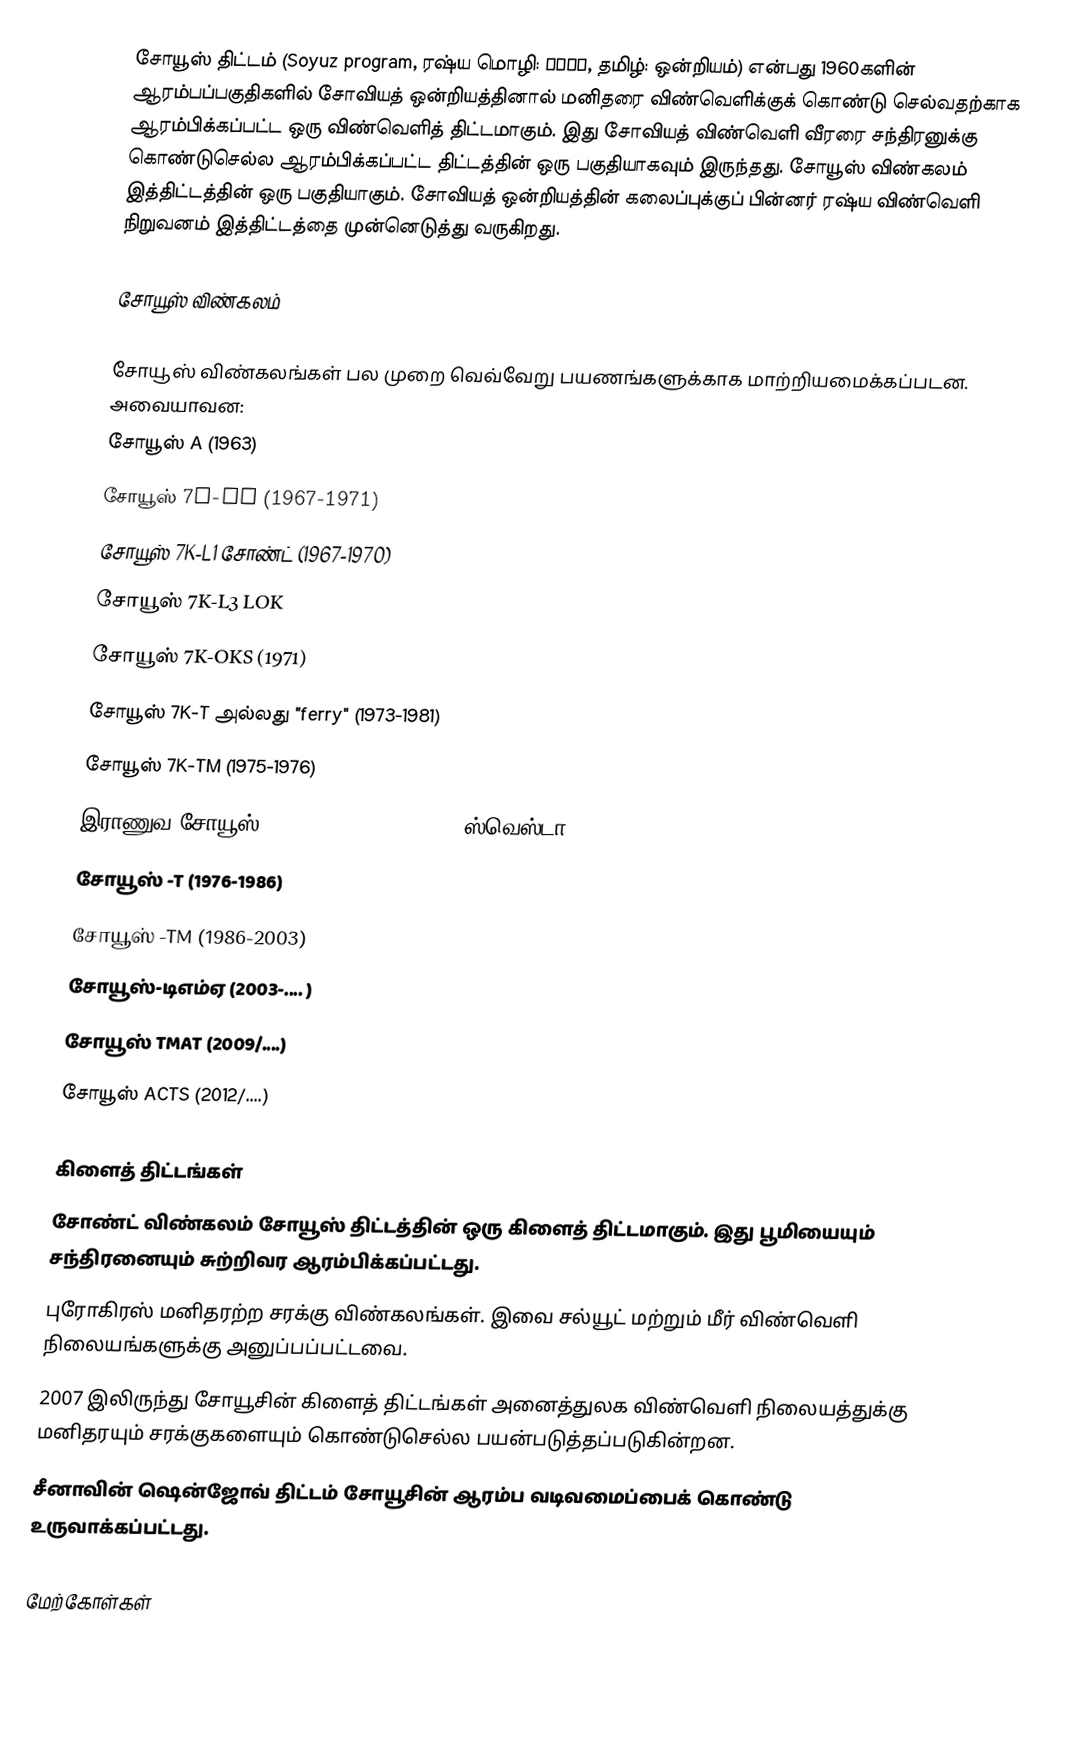
சோயூஸ் திட்டம் (Soyuz program, ரஷ்ய மொழி: Союз, தமிழ்: ஒன்றியம்) என்பது 1960களின் ஆரம்பப்பகுதிகளில் சோவியத் ஒன்றியத்தினால் மனிதரை விண்வெளிக்குக் கொண்டு செல்வதற்காக ஆரம்பிக்கப்பட்ட ஒரு விண்வெளித் திட்டமாகும். இது சோவியத் விண்வெளி வீரரை சந்திரனுக்கு கொண்டுசெல்ல ஆரம்பிக்கப்பட்ட திட்டத்தின் ஒரு பகுதியாகவும் இருந்தது. சோயூஸ் விண்கலம் இத்திட்டத்தின் ஒரு பகுதியாகும். சோவியத் ஒன்றியத்தின் கலைப்புக்குப் பின்னர் ரஷ்ய விண்வெளி நிறுவனம் இத்திட்டத்தை முன்னெடுத்து வருகிறது.

சோயூஸ் விண்கலம்

சோயூஸ் விண்கலங்கள் பல முறை வெவ்வேறு பயணங்களுக்காக மாற்றியமைக்கப்படன. அவையாவன:
 சோயூஸ் A (1963)
 சோயூஸ் 7K-OK (1967-1971)
 சோயூஸ் 7K-L1 சோண்ட் (1967-1970)
 சோயூஸ் 7K-L3 LOK
 சோயூஸ் 7K-OKS (1971)
 சோயூஸ் 7K-T அல்லது "ferry" (1973-1981)
 சோயூஸ் 7K-TM (1975-1976)
 இராணுவ சோயூஸ் (7K-P, 7K-PPK, R, 7K-VI ஸ்வெஸ்டா, OIS)
 சோயூஸ் -T (1976-1986)
 சோயூஸ் -TM (1986-2003)
 சோயூஸ்-டிஎம்ஏ (2003-.... )
சோயூஸ் TMAT (2009/....)
சோயூஸ் ACTS (2012/....)

கிளைத் திட்டங்கள்
 சோண்ட் விண்கலம் சோயூஸ் திட்டத்தின் ஒரு கிளைத் திட்டமாகும். இது பூமியையும் சந்திரனையும் சுற்றிவர ஆரம்பிக்கப்பட்டது.
 புரோகிரஸ் மனிதரற்ற சரக்கு விண்கலங்கள். இவை சல்யூட் மற்றும் மீர் விண்வெளி நிலையங்களுக்கு அனுப்பப்பட்டவை.
 2007 இலிருந்து சோயூசின் கிளைத் திட்டங்கள் அனைத்துலக விண்வெளி நிலையத்துக்கு மனிதரயும் சரக்குகளையும் கொண்டுசெல்ல பயன்படுத்தப்படுகின்றன.
 சீனாவின் ஷென்ஜோவ் திட்டம் சோயூசின் ஆரம்ப வடிவமைப்பைக் கொண்டு உருவாக்கப்பட்டது.

மேற்கோள்கள்